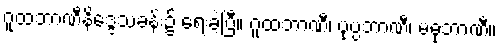
ဂူထဘာဏီနိဒ္ဒေသခန်း၌ ရေးခဲ့ပြီ။ ဂူထဘာဏီ၊ ပုပ္ပဘာဏီ၊ မဓုဘာဏီ။